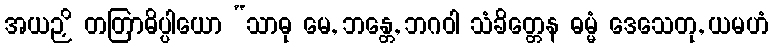
အယဉှိ တတြာဓိပ္ပါယော “သာဓု မေ, ဘန္တေ, ဘဂဝါ သံခိတ္တေန ဓမ္မံ ဒေသေတု, ယမဟံ